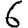
Digit: 6